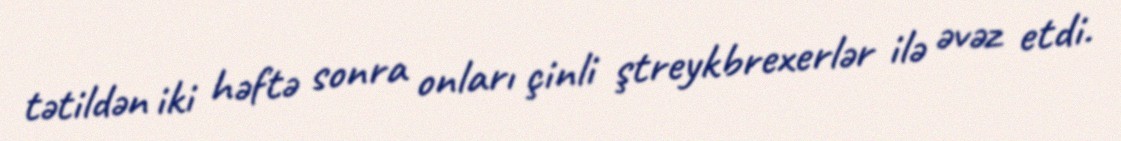
tətildən iki həftə sonra onları çinli ştreykbrexerlər ilə əvəz etdi.